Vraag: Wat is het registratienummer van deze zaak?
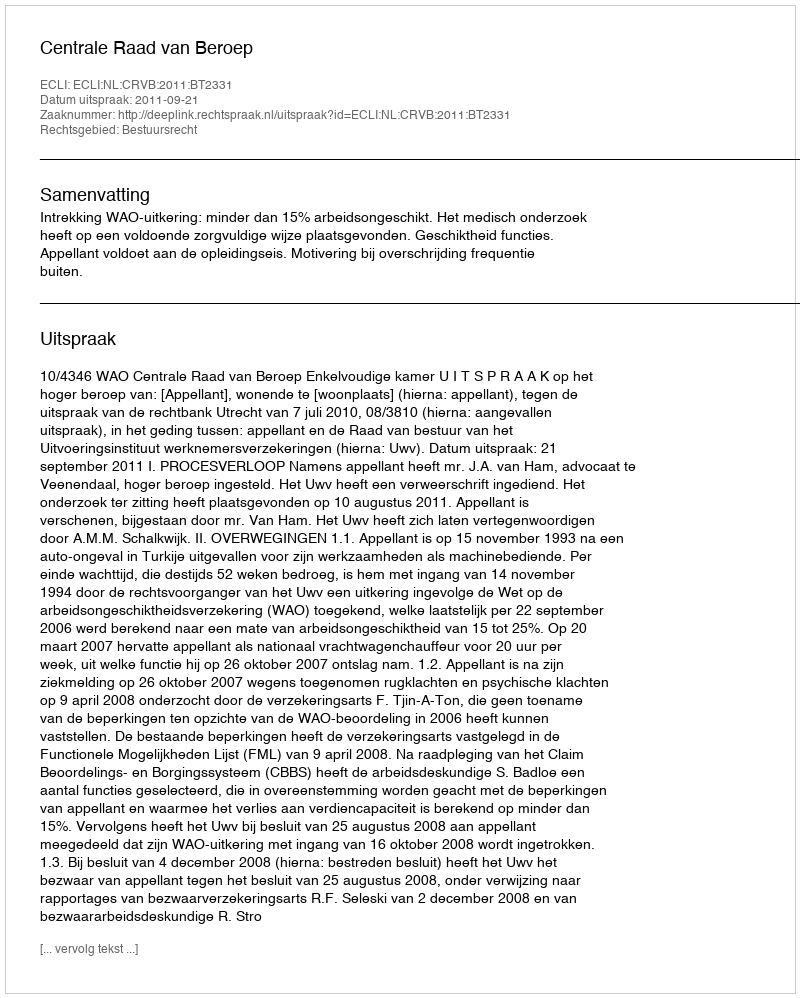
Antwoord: http://deeplink.rechtspraak.nl/uitspraak?id=ECLI:NL:CRVB:2011:BT2331